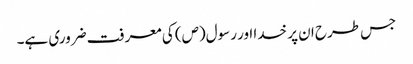
جس طرح ان پر خدا اور رسول(ص) کی معرفت ضروری ہے۔